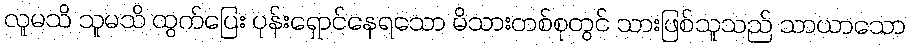
လူမသိ သူမသိ ထွက်ပြေး ပုန်းရှောင်နေရသော မိသားတစ်စုတွင် သားဖြစ်သူသည် သာယာသော